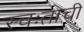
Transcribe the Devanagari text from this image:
स्वःताची